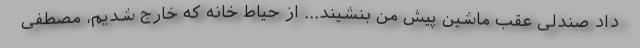
داد صندلی عقب ماشین پیش من بنشیند... از حیاط خانه که خارج شدیم، مصطفی